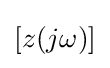
\left[z(j\omega )\right]